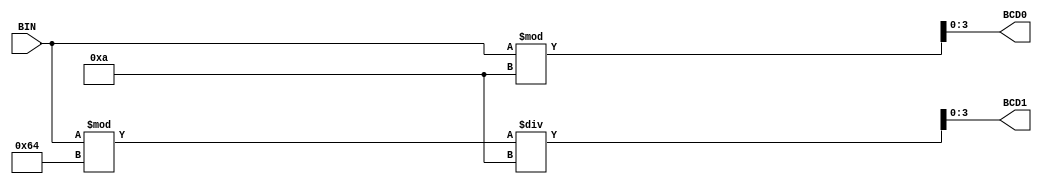
module binToBCD (BIN, BCD0, BCD1);
	input 		[8:0] BIN;
	output      [3:0] BCD0;
	output      [3:0] BCD1;
	
	assign BCD0 = BIN % 10;
	assign BCD1 = (BIN % 100)/10;
	
endmodule